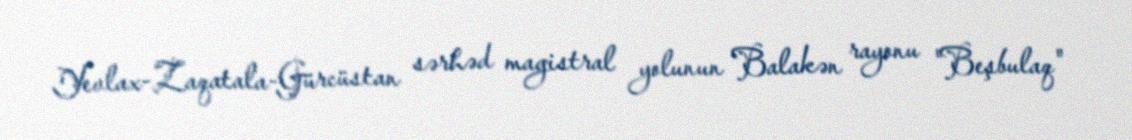
Yevlax-Zaqatala-Gürcüstan sərhəd magistral yolunun Balakən rayonu "Beşbulaq"